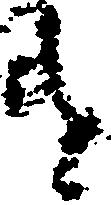
遣